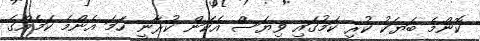
ކޮންމެ ބަޔަކު ކުރި ކަމުގައި ވިޔަސް އެކަން ކުރާނީ ހަމަ އެންމެ ކަމެއްގެ